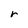
Character: r